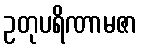
ဥတုပရိဏာမဇာ